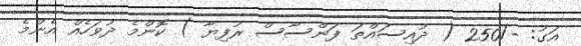
އަގު: -/250 ( ދުއިސައްތަ ފަންސާސް ރުފިޔާ ) ކޮންމެ ދުވަހެއް އެންމެ